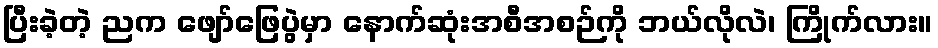
ပြီးခဲ့တဲ့ ညက ဖျော်ဖြေပွဲမှာ နောက်ဆုံးအစီအစဉ်ကို ဘယ်လိုလဲ၊ ကြိုက်လား။